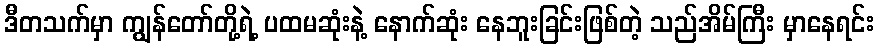
ဒီတသက်မှာ ကျွန်တော်တို့ရဲ့ ပထမဆုံးနဲ့ နောက်ဆုံး နေဘူးခြင်းဖြစ်တဲ့ သည်အိမ်ကြီး မှာနေရင်း